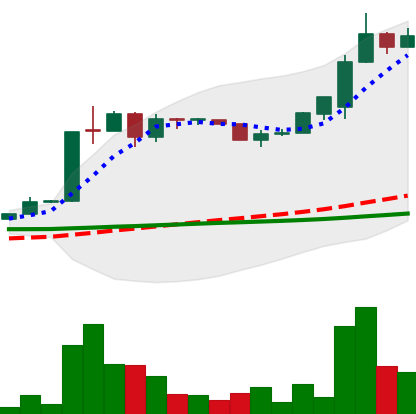
Ticker: LTC-USD
Chart end date: 2015-07-02
Forward return: 28.761%
Label: up_7plus